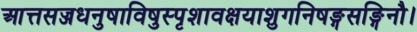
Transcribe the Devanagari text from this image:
आत्तसज्जधनुषाविषुस्पृशावक्षयाशुगनिषङ्गसङ्गिनौ।